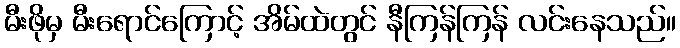
မီးဖိုမှ မီးရောင်ကြောင့် အိမ်ထဲတွင် နီကြန်ကြန် လင်းနေသည်။